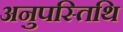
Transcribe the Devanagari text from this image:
अनुपस्तिथि